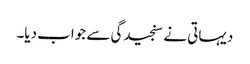
دیہاتی نے سنجیدگی سے جواب دیا۔